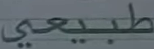
طبيعي